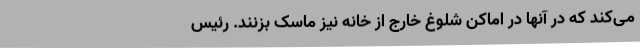
می‌کند که در آنها در اماکن شلوغ خارج از خانه نیز ماسک بزنند. رئیس